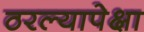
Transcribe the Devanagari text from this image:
ठरल्यापेक्षा